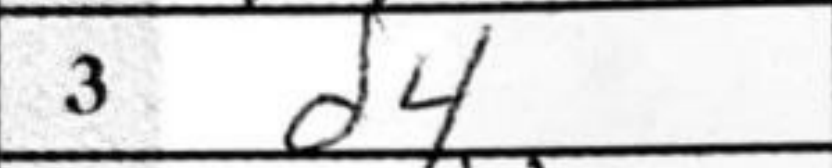
Transcription: d4